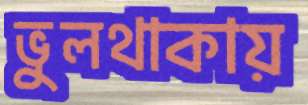
ভুলথাকায়